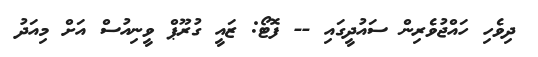
ދިވެހި ހައްޖުވެރިން ސައުދީގައި -- ފޮޓޯ: ޒައީ ގުރޫޕް ވީނިއުސް އަށް މިއަދު